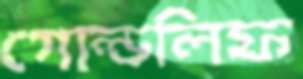
গোল্ডলিফ